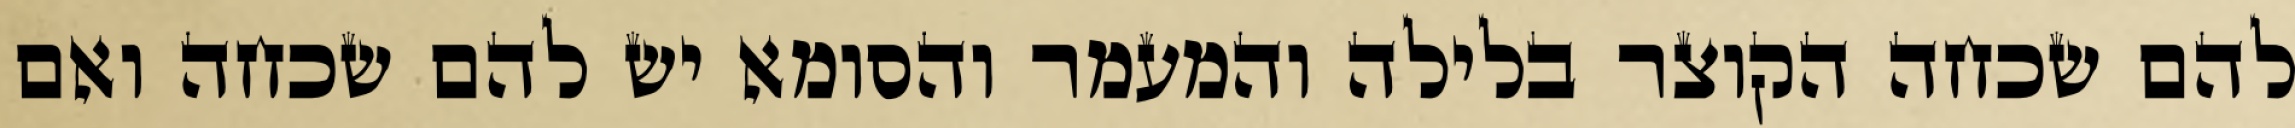
להם שכחה הקוצר בלילה והמעמר והסומא יש להם שכחה ואם